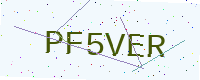
Text: PF5VER